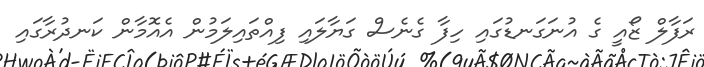
ރަފާލް ޒޯއީ ގެ އުނަގަނޑުގައި ހިފާ ގެނެސް ގަޔާލައި ފިއްތައިލަމުން އެއޮމާން ކަނދުރާގައި